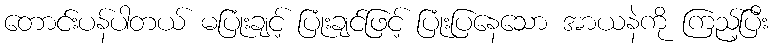
တောင်းပန်ပါတယ် မပြုံးချင့် ပြုံးချင်ဖြင့် ပြုံးပြနေသော အာယနဲကို ကြည့်ပြီး